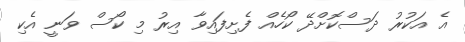
އެ އަކުރު ދަސްކޮށްދޭ ކޯހެއް ފެށިފައިވާ އިރު މި ކޯސް ވަނީ އެކި